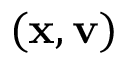
( \mathbf { x } , \mathbf { v } )